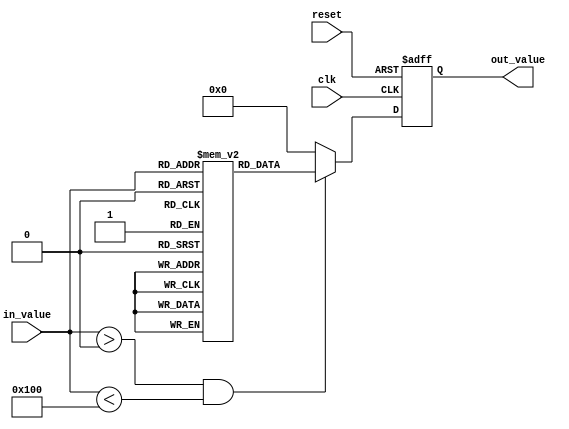
module lut_reciprocal (
    input wire [7:0] in_value,         // 8-bit input value
    output reg [7:0] out_value,        // 8-bit output reciprocal value
    input wire clk,                     // Clock signal
    input wire reset                    // Reset signal
);

    // Lookup table for reciprocals precomputed for values 1 to 255 (0 is undefined).
    reg [7:0] lut [0:255];

    // Initializing the LUT with precomputed reciprocal values
    initial begin
        lut[1]  = 8'd255; // 1/1 = 255 (fixed-point representation)
        lut[2]  = 8'd127; // 1/2 = 127
        lut[3]  = 8'd85;  // 1/3  85
        lut[4]  = 8'd63;  // 1/4 = 63
        lut[5]  = 8'd51;  // 1/5  51
        // Fill in the rest of values up to lut[255]
        // This part should contain actual precomputed reciprocal values from 1/6 to 1/255
        // Here, we will just show up to lut[10] for the sake of brevity
        lut[6]  = 8'd42;  // 1/6  42
        lut[7]  = 8'd36;  // 1/7  36
        lut[8]  = 8'd31;  // 1/8 = 31
        lut[9]  = 8'd28;  // 1/9  28
        lut[10] = 8'd25;  // 1/10  25
        // Continue to fill values as needed...
    end

    always @(posedge clk or posedge reset) begin
        if (reset) begin
            out_value <= 8'b0; // Reset output to 0
        end else begin
            // Ensure in_value is in the range of 1 to 255
            // If in_value is 0, handle it appropriately (undefined)
            if (in_value > 0 && in_value < 256) begin
                out_value <= lut[in_value]; // Get reciprocal from LUT
            end else begin
                out_value <= 8'b0; // Undefined for in_value = 0
            end
        end
    end
endmodule